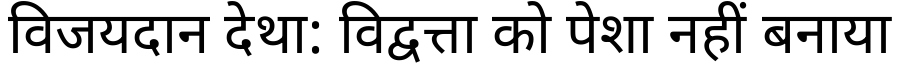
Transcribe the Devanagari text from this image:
विजयदान देथा: विद्वत्ता को पेशा नहीं बनाया